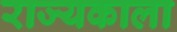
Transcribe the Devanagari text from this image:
राज्यकाला